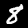
Label: 8